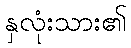
နှလုံးသား၏